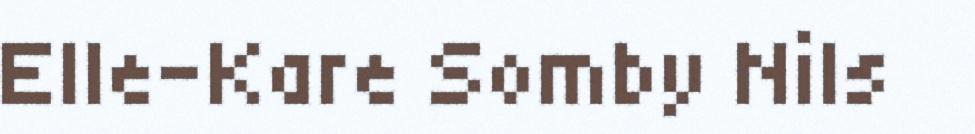
Elle-Kare Somby Nils